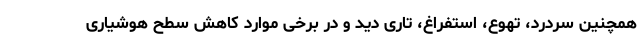
همچنین سردرد، تهوع، استفراغ، تاری دید و در برخی موارد کاهش سطح هوشیاری